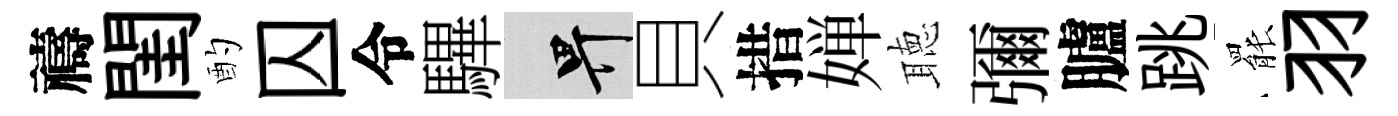
禱閨酌囚令驆畀貝措婵聴彌臚跳罷羽